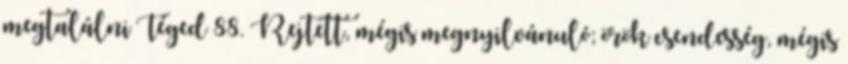
megtalálni Téged 88. Rejtett, mégis megnyilvánuló; örök csendesség, mégis